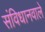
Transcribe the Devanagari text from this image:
संविधानवाले